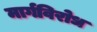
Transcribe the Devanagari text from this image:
मार्गविरोध